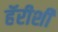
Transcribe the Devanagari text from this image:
हॅरीशी